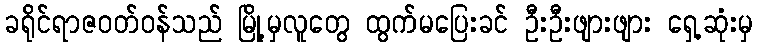
ခရိုင်ရာဇဝတ်ဝန်သည် မြို့မှလူတွေ ထွက်မပြေးခင် ဦးဦးဖျားဖျား ရှေ့ဆုံးမှ